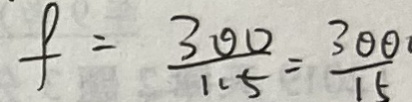
f = \frac { 3 0 0 } { 1 1 5 } = \frac { 3 0 0 } { 1 5 }